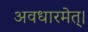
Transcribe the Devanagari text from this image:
अवधारमेत्।